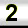
Digit: 2